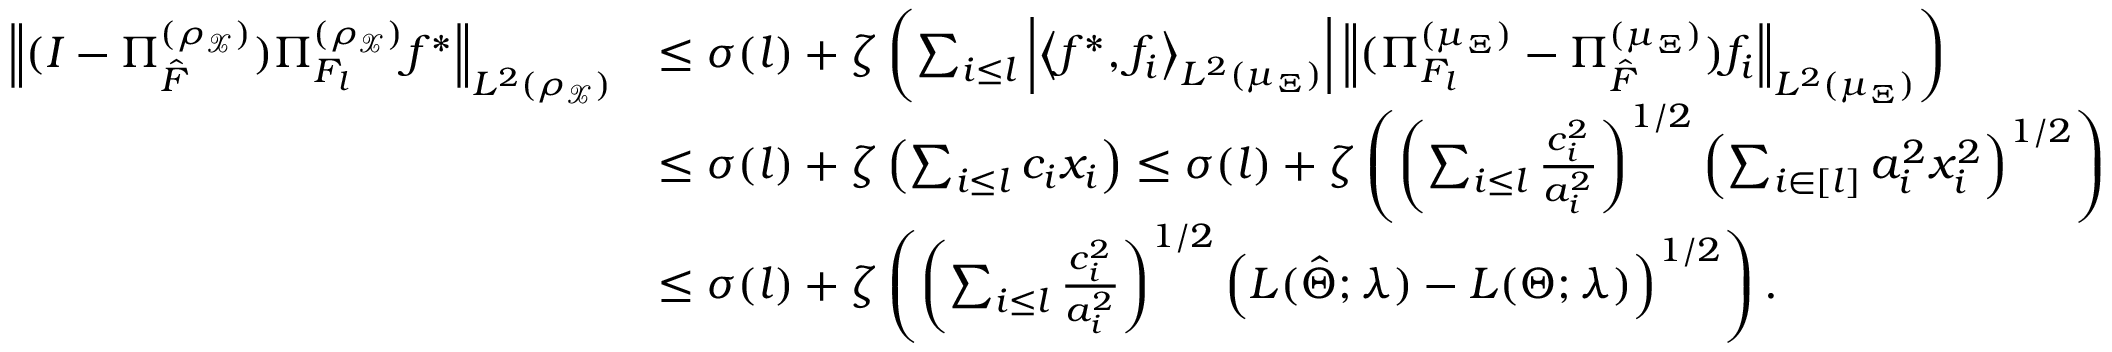
\begin{array} { r l } { \left\| ( I - \Pi _ { \hat { \cal F } } ^ { ( \rho _ { \mathcal { X } } ) } ) \Pi _ { { \cal F } _ { l } } ^ { ( \rho _ { \mathcal { X } } ) } f ^ { * } \right\| _ { L ^ { 2 } ( \rho _ { \mathcal { X } } ) } } & { \leq \sigma ( l ) + \zeta \left( \sum _ { i \leq l } \left| \left\langle f ^ { * } , f _ { i } \right\rangle _ { L ^ { 2 } ( \mu _ { \Xi } ) } \right| \left\| ( \Pi _ { { \cal F } _ { l } } ^ { ( \mu _ { \Xi } ) } - \Pi _ { \hat { \cal F } } ^ { ( \mu _ { \Xi } ) } ) f _ { i } \right\| _ { L ^ { 2 } ( \mu _ { \Xi } ) } \right) } \\ & { \leq \sigma ( l ) + \zeta \left( \sum _ { i \leq l } c _ { i } x _ { i } \right) \leq \sigma ( l ) + \zeta \left( \left( \sum _ { i \leq l } \frac { c _ { i } ^ { 2 } } { a _ { i } ^ { 2 } } \right) ^ { 1 / 2 } \left( \sum _ { i \in [ l ] } a _ { i } ^ { 2 } x _ { i } ^ { 2 } \right) ^ { 1 / 2 } \right) } \\ & { \leq \sigma ( l ) + \zeta \left( \left( \sum _ { i \leq l } \frac { c _ { i } ^ { 2 } } { a _ { i } ^ { 2 } } \right) ^ { 1 / 2 } \left( { \cal L } ( \hat { \Theta } ; \lambda ) - { \cal L } ( \Theta ; \lambda ) \right) ^ { 1 / 2 } \right) . } \end{array}